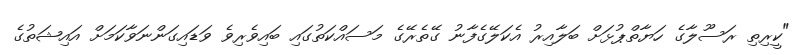
"ކީރިތި ރަސޫލާގެ ހަޔާތްޕުޅަށް ބަލާއިރު އެކަލޭގެފާނު ގޭތެރޭގެ މަސައްކަތުގައި ބައިވެރިވެ ވަޑައިގަންނަވާކަމަށް އައިޝަތުގެ